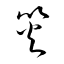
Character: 災